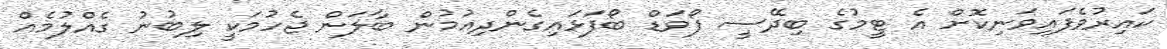
ކައިރުވެފައިވަނިކޮށް އެ ޓީމުގެ ބިދޭސީ ފޯވަޑް ބޯފަޅައިގެންދިއުމުން ބާލަން ޖެހުމަކީ ލިބުނު ގެއްލުމެއް